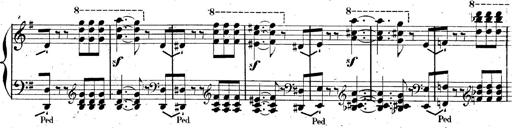
Title: AnnÃ©es de pÃ¨lerinage II, SupplÃ©ment
Composer: Franz Liszt